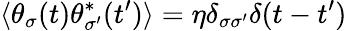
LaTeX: \langle\theta_{\sigma}(t)\theta_{\sigma^{\prime}}^{*}(t^{\prime})\rangle=\eta\delta_{\sigma\sigma^{\prime}}\delta(t-t^{\prime})